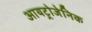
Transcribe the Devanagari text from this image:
आयट्रोजेनिक